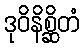
ဒုဝိနိစ္ဆိတံ